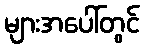
များအပေါ်တွင်